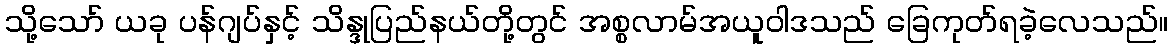
သို့သော် ယခု ပန်ဂျပ်နှင့် သိန္ဒုပြည်နယ်တို့တွင် အစ္စလာမ်အယူဝါဒသည် ခြေကုတ်ရခဲ့လေသည်။